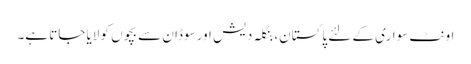
اونٹ سواری کے لئے پاکستان، بنگلہ دیش اور سوڈان سے بچوں کو لایا جاتا ہے۔